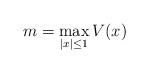
LaTeX: \begin{align*} m=\max_{|x|\leq 1}V(x)\end{align*}